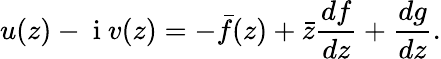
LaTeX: u(z)-\mathrm{~i~}v(z)=-\bar{f}(z)+\bar{z}\frac{df}{dz}+\frac{dg}{dz}.